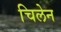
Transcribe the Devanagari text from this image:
चिलेन